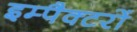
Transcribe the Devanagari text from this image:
इम्पैक्टरों